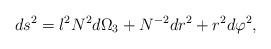
LaTeX: \begin{align*}ds^2 = l^2 N^2 d\Omega_3 + N^{-2} dr^2 + r^2 d\varphi^2, \end{align*}